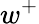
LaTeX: w^{+}